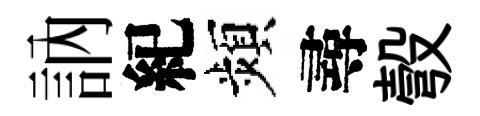
訥紀頻尋彀